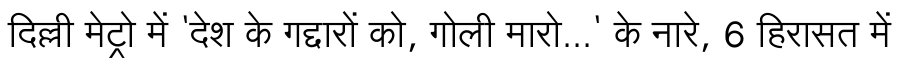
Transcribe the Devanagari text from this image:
दिल्ली मेट्रो में 'देश के गद्दारों को, गोली मारो...' के नारे, 6 हिरासत में